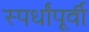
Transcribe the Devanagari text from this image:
स्पर्धांपूर्वी